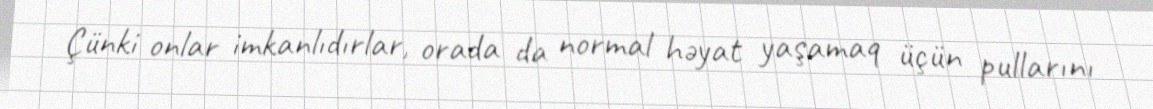
Çünki onlar imkanlıdırlar, orada da normal həyat yaşamaq üçün pullarını